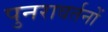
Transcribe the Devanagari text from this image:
पुनरावर्तनों